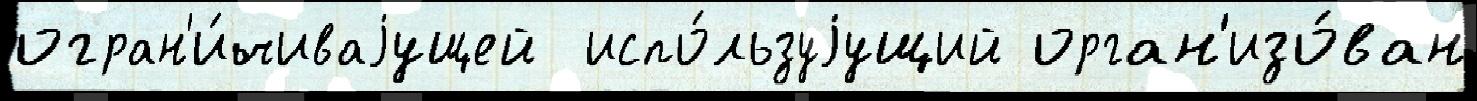
огран'и́чиваjущей  испо́льзуjущий орган'изо́ван